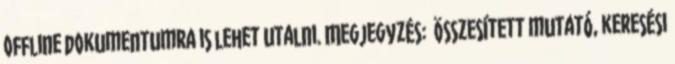
offline dokumentumra is lehet utalni. Megjegyzés: Összesített mutató, keresési